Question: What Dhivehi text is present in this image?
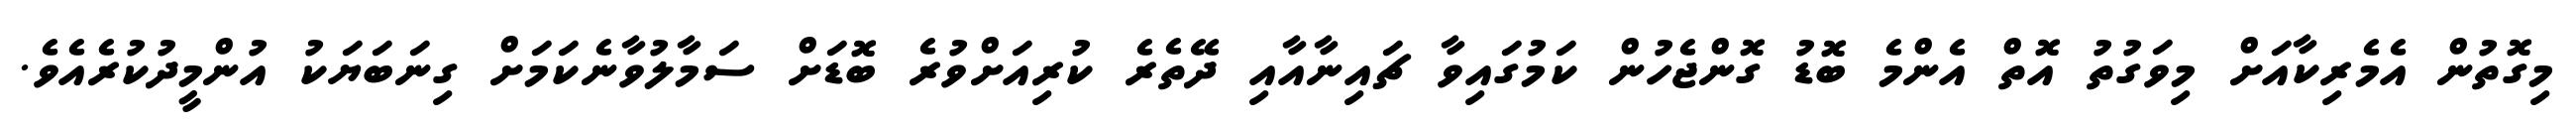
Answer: މިގޮތުން އެމެރިކާއަށް މިވަގުތު އޮތް އެންމެ ބޮޑު ގޮންޖެހުން ކަމުގައިވާ ޗައިނާއާއި ދޭތެރެ ކުރިއަށްވުރެ ބޮޑަށް ސަމާލުވާނެކަމަށް ގިނަބަޔަކު އުންމީދުކުރެއެވެ.